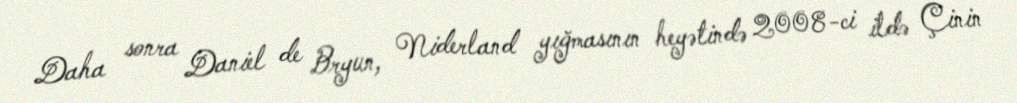
Daha sonra Daniel de Bryun, Niderland yığmasının heyətində 2008-ci ildə Çinin